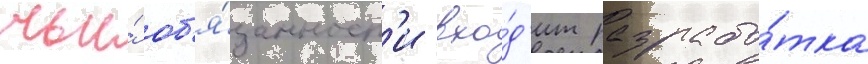
чьи́ об'я́занност'и вхо́д'ит разрабо́тка